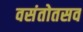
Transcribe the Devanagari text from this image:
वसंतोतसव